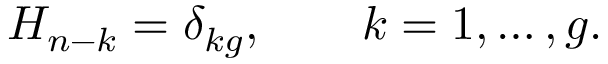
H _ { n - k } = \delta _ { k g } , \qquad k = 1 , \ldots , g .